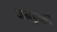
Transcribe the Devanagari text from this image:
जनइच्छा